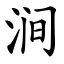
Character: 涧